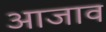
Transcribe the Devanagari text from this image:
आजाव